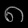
Digit: ၈